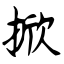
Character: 掀